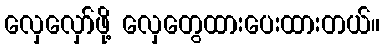
လှေလှော်ဖို့ လှေတွေထားပေးထားတယ်။